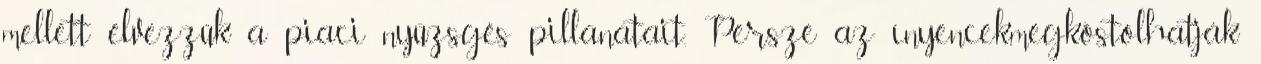
mellett élvezzük a piaci nyüzsgés pillanatait. Persze az ínyencek,megkóstolhatják